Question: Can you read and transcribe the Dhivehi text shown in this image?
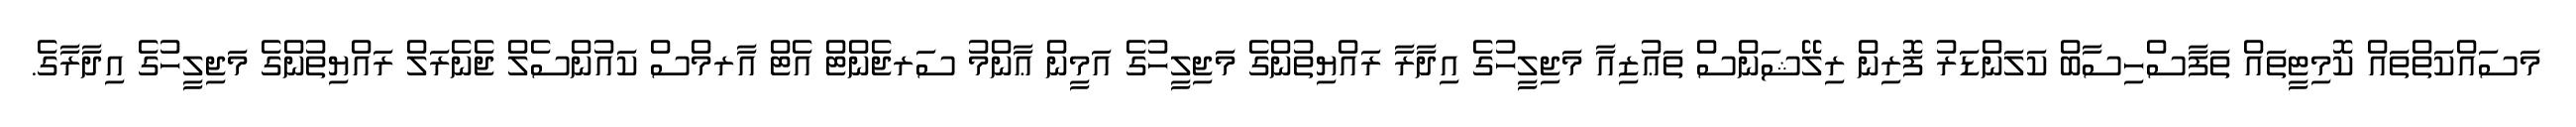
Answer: މަސައްކަތްތައް ކޮމިޓީތައް ތަފާސްހިސާބް ކަލަންޑަރު ފޮރިން ރިލޭޝަންސް ތަޢުޒިއާ މަޖިލީހުގެ އިދާރާ ރައްޔިތުންގެ މަޖިލީހުގެ އަމީން ޢާންމު ސަރޖެންޓް އެޓް އާރމްސް ކައުންސެލް ޖެނެރަލް ރައްޔިތުންގެ މަޖިލީހުގެ އިދާރާގެ.